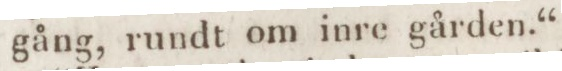
gång, rundt om inre gården.“